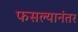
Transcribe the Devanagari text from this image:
फसल्यानंतर